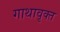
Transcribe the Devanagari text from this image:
गाथावृक्त